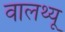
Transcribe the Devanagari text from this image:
वालथ्यू